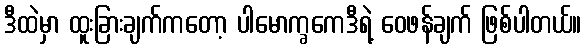
ဒီထဲမှာ ထူးခြားချက်ကတော့ ပါမောက္ခကေဒီရဲ့ ဝေဖန်ချက် ဖြစ်ပါတယ်။